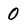
Character: 0